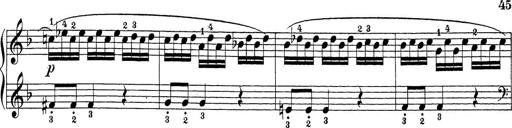
Title: Sonatina Album
Composer: Louis KÃ¶hler